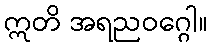
ဣတိ အရညဝဂ္ဂေါ။